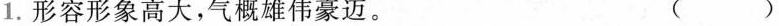
1.形容形象高大，气概雄伟豪迈。（